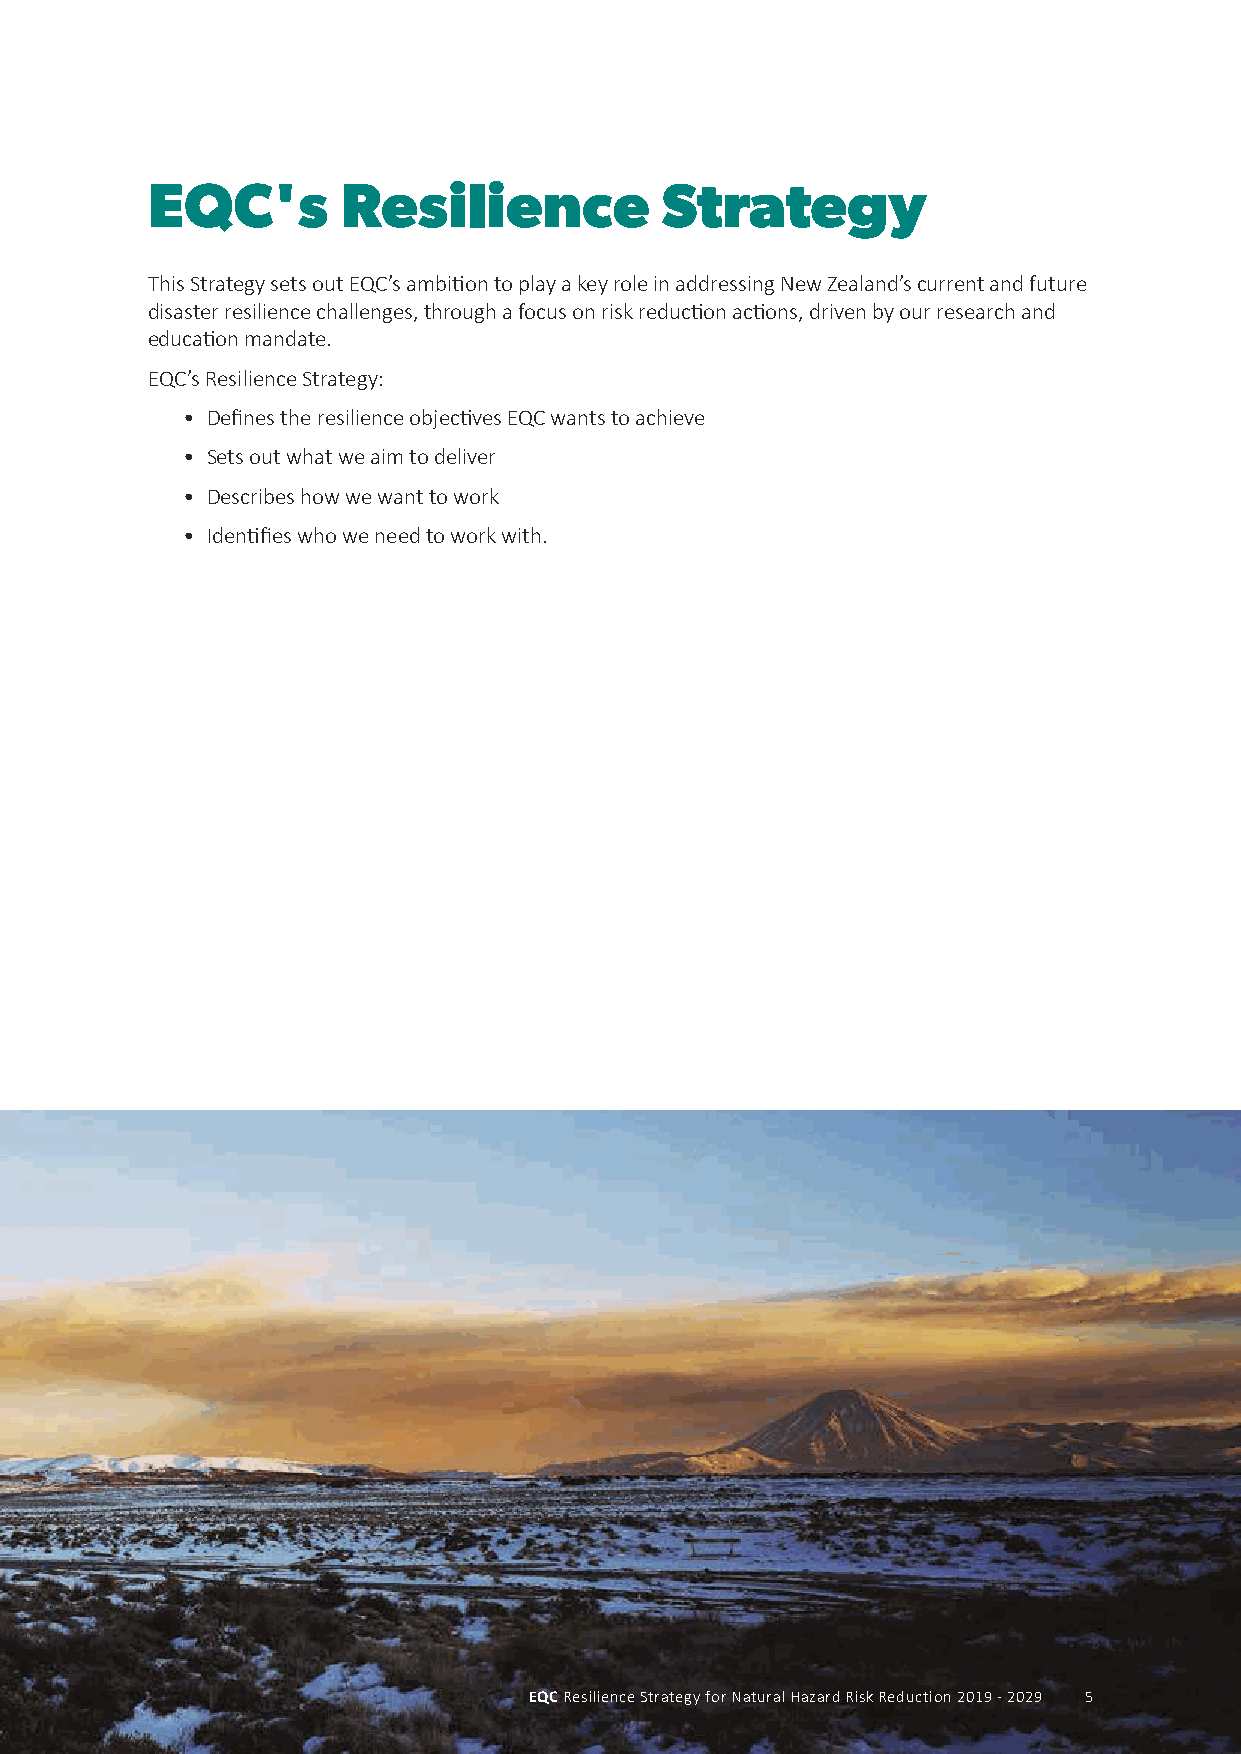
EQC's        Resilience           Strategy
 This Strategy sets out EQC’s ambition to play a key role in addressing New Zealand’s current and future
 disaster resilience challenges, through a focus on risk reduction actions, driven by our research and
 education mandate.
 EQC’s Resilience Strategy:
 • Defines the resilience objectives EQC wants to achieve
 • Sets out what we aim to deliver
 • Describes how we want to work
 • Identifies who we need to work with.
 EEQQCC RReessiilliieennccee SSttrraatteeggyy ffoorr NNaattuurraall HHaazzaarrdd RRiisskk RReedduuccttiioonn 22001199 -- 22002299 5